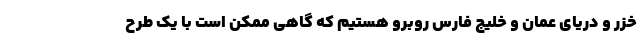
خزر و دریای عمان و خلیج فارس روبرو هستیم که گاهی ممکن است با یک طرح